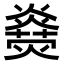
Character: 𤑋